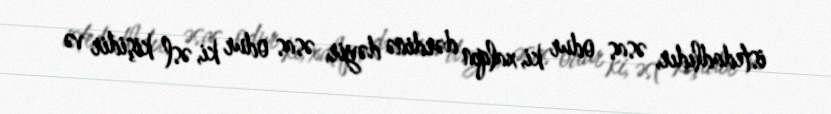
istedadlıdır, əsas odur ki, xalqın dərdinə dəyir, əsas odur ki, əsl kişidir və